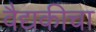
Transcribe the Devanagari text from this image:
वैद्यकीचा